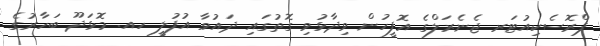
ޕްރޮސެކިއުޓަރ ޖެނެރަލްގެ އޮފީހުން ވިދާޅުވި ގޮތުގައި ދައުވާ އުފުލީ ހއ. މޮޅަދޫ ބަހާރުގެ